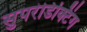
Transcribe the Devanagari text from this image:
सुपरंडिक्टिंग